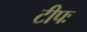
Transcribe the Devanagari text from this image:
टीपः